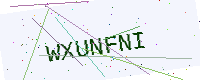
Text: WXUNFNI